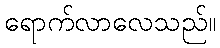
ရောက်လာလေသည်။